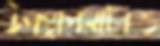
উপস্থাপনাটাও